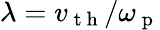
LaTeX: \lambda=v_{\mathrm{~t~h~}}/\omega_{\mathrm{~p~}}